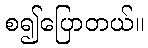
စ၍ပြောတယ်။